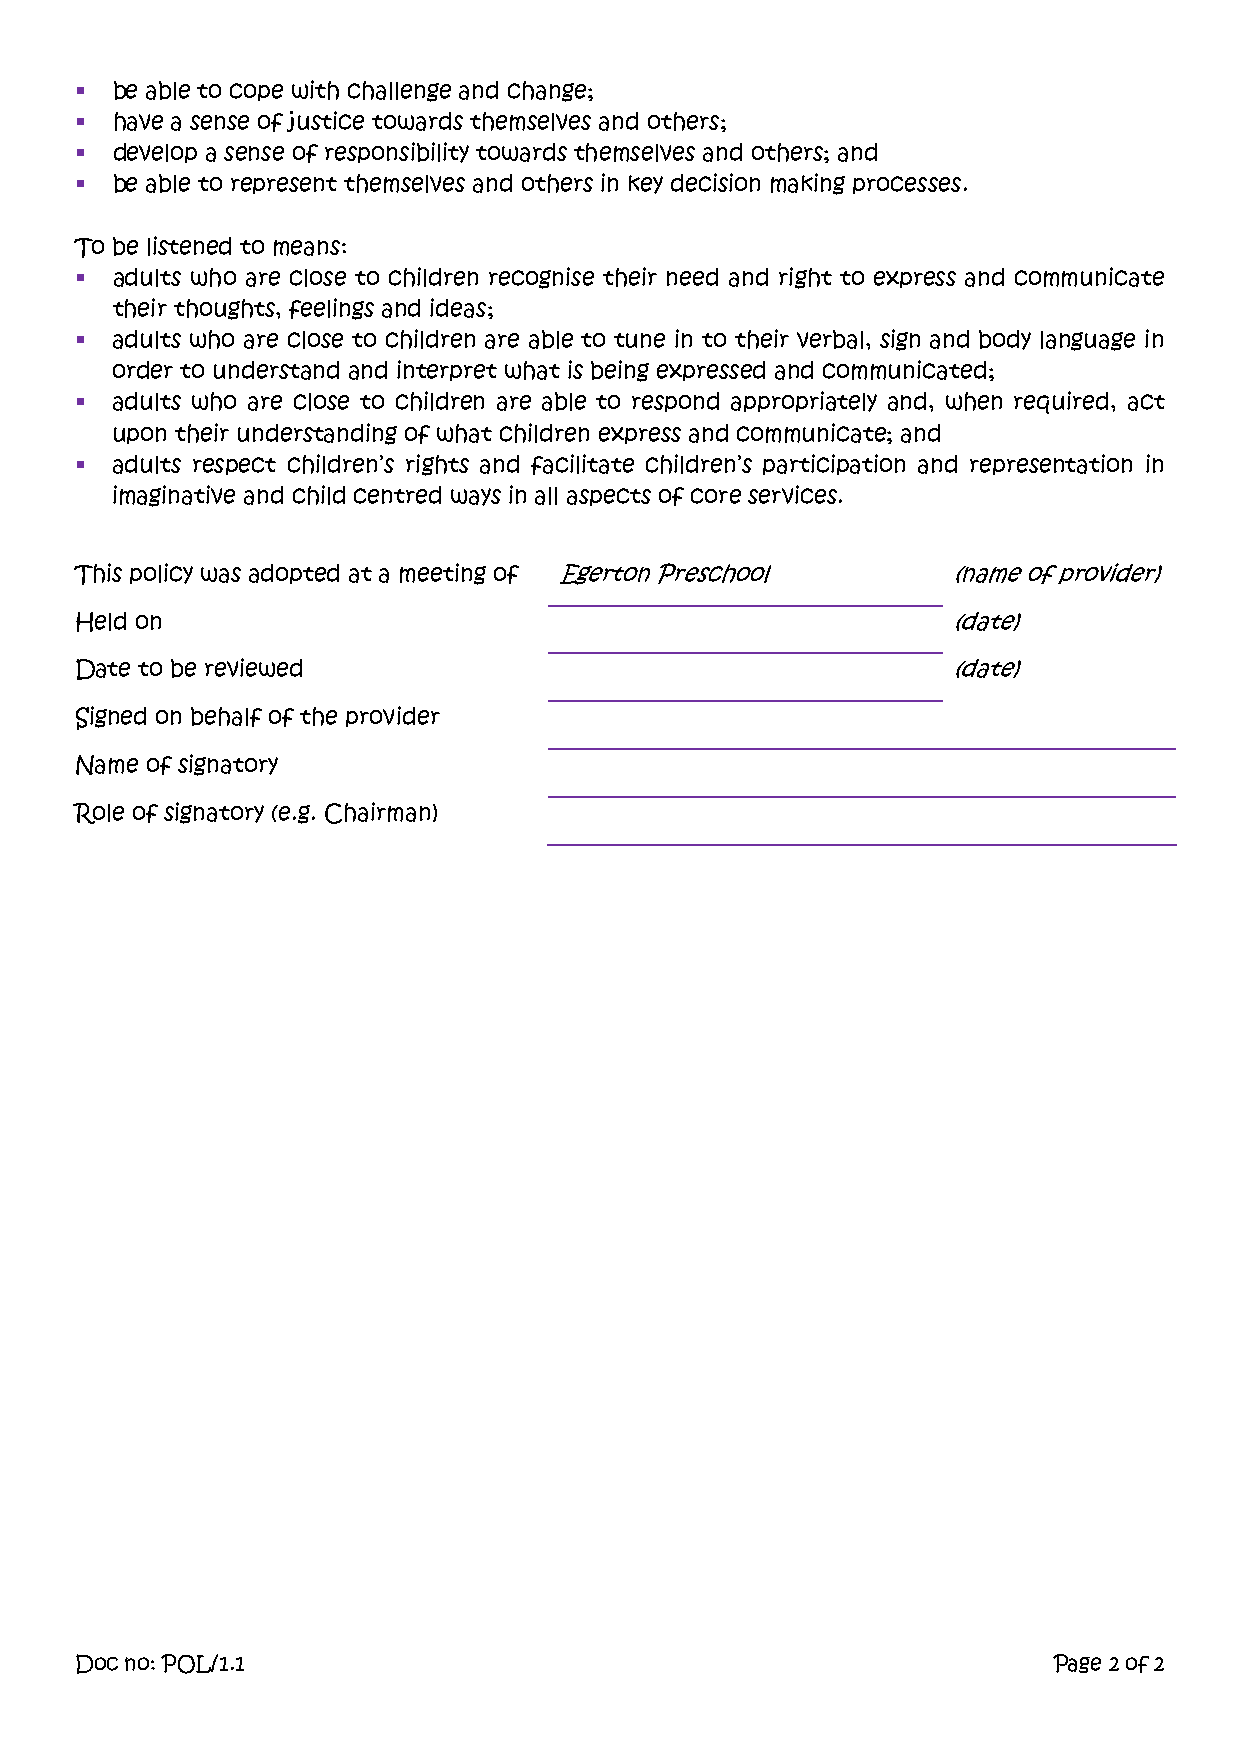
 be able to cope with challenge and change;
  have a sense of justice towards themselves and others;
  develop a sense of responsibility towards themselves and others; and
  be able to represent themselves and others in key decision making processes.
 To be listened to means:
  adults who are close to children recognise their need and right to express and communicate
 their thoughts, feelings and ideas;
  adults who are close to children are able to tune in to their verbal, sign and body language in
 order to understand and interpret what is being expressed and communicated;
  adults who are close to children are able to respond appropriately and, when required, act
 upon their understanding of what children express and communicate; and
  adults respect children’s rights and facilitate children’s participation and representation in
 imaginative and child centred ways in all aspects of core services.
 This policy was adopted at a meeting of Egerton Preschool (name of provider)
 Held on                                                   (date)
 Date to be reviewed                                       (date)
 Signed on behalf of the provider
 Name of signatory
 Role of signatory (e.g. Chairman)
 Doc no: POL/1.1                                                  Page 2 of 2